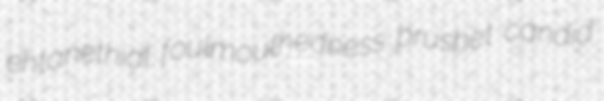
ehtanethial foulmouthedness brushet candid